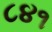
૮૪૧